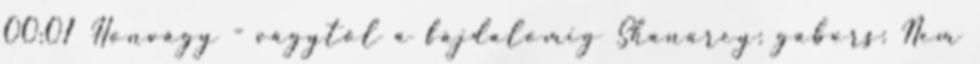
00:01 Honvágy - vágytól a fájdalomig Shanarey: gabors: Nem